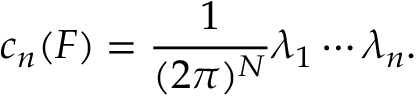
c _ { n } ( F ) = \frac { 1 } { ( 2 \pi ) ^ { N } } \lambda _ { 1 } \cdots \lambda _ { n } .